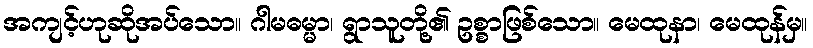
အကျင့်ဟုဆိုအပ်သော။ ဂါမဓမ္မာ၊ ရွာသူတို့၏ ဥစ္စာဖြစ်သော။ မေထုနာ၊ မေထုန်မှ။